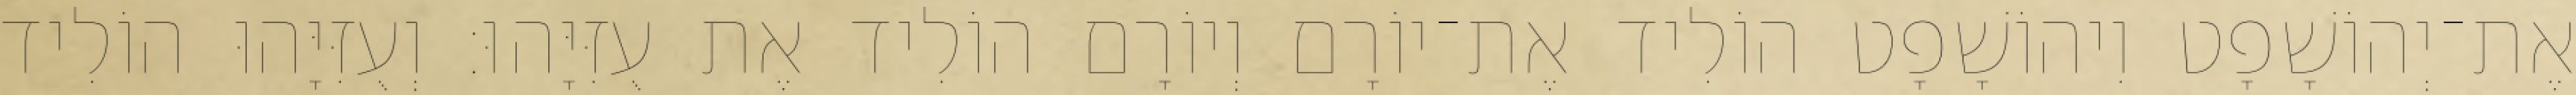
אֶת־יְהוֹשָׁפָט וִיהוֹשָׁפָט הוֹלִיד אֶת־יוֹרָם וְיוֹרָם הוֹלִיד אֶת עֻזִּיָּהוּ׃ וְעֻזִּיָּהוּ הוֹלִיד